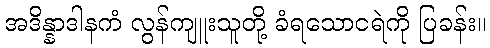
အဒိန္နာဒါနကံ လွန်ကျူးသူတို့ ခံရသောငရဲကို ပြခန်း။